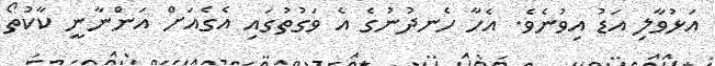
އަޅުވާލި އަޑު އިވުނެވެ. އެހާ ހެނދުނުގެ އެ ވަގުތުގައި އެގެއަށް އަންނާނީ ކާކުތޯ